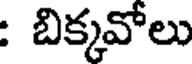
: బిక్కవోలు